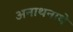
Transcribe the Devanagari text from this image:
अनाथनाथे